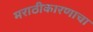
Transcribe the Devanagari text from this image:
मराठीकारणाचा